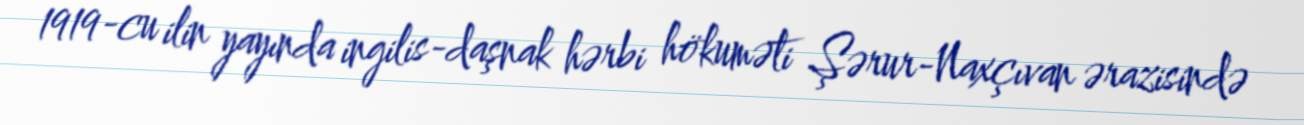
1919-cu ilin yayında ingilis-daşnak hərbi hökuməti Şərur-Naxçıvan ərazisində